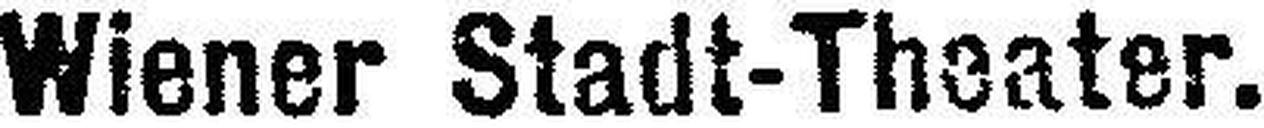
Wiener Stadt-Theater.